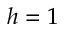
h = 1